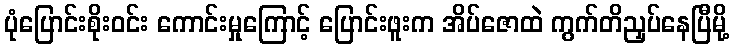
ပုံပြောင်းစိုးဝင်း ကောင်းမှုကြောင့် ပြောင်းဖူးက အိပ်ဇောထဲ ကွက်တိညှပ်နေပြီမို့